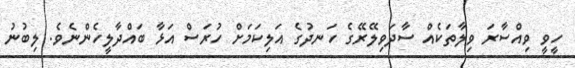
ހީވީ ވިއްސާރަ ވިލާތަކެއް ސާދަވިލޭރޭގެ ހަނދުގެ އަލިކަމަށް ހުރަސް އަޅާ ބައްދާލީހެންނެވެ. ލިބުނު